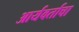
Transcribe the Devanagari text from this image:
आर्यवर्ताचा